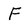
Character: F